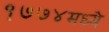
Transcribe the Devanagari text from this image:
१७७४मध्ये